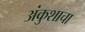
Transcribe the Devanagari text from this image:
अंकुशाचा